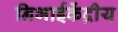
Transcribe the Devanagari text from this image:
निभाईकेंद्रीय